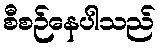
စီစဉ်နေပါသည်